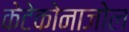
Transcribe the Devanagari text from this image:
केटेकोनाजोल